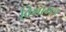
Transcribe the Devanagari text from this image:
विभागज